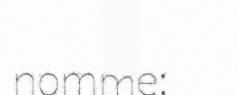
nomme: